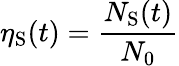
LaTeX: \eta_{\mathrm{S}}(t)=\frac{N_{\mathrm{S}}(t)}{N_{0}}